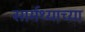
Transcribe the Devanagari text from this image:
सार्मथ्याच्या